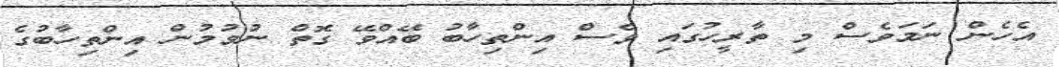
އެހެން ނަމަވެސް މި ތާރީހުގައި ވެސް އިންތިހާބު ބޭއްވޭ ގޮތް ނުވުމުން އިންތިހާބުގެ